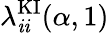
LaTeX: \lambda_{\mathit{i}\mathit{i}}^{\mathrm{{KI}}}(\alpha,1)